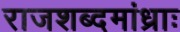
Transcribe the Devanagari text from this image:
राजशब्दमांध्राः